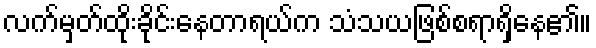
လက်မှတ်ထိုးခိုင်းနေတာရယ်က သံသယဖြစ်စရာရှိနေ၏။